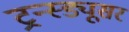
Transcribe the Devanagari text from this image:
ट्रन्स्ड्यूसर